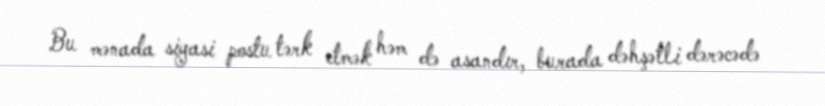
Bu mənada siyasi postu tərk etmək həm də asandır, burada dəhşətli dərəcədə